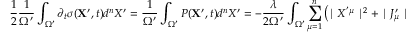
\frac { 1 } { 2 } \frac { 1 } { { \Omega } ^ { \prime } } \int _ { \Omega ^ { \prime } } \partial _ { t } \sigma ( { \bf X ^ { \prime } } , t ) d ^ { n } X ^ { \prime } = \frac { 1 } { { \Omega } ^ { \prime } } \int _ { \Omega ^ { \prime } } P ( { \bf X ^ { \prime } } , t ) d ^ { n } X ^ { \prime } = - \frac { \lambda } { 2 \Omega ^ { \prime } } \int _ { \Omega ^ { \prime } } \sum _ { \mu = 1 } ^ { n } \left( \mid X ^ { ' \mu } \mid ^ { 2 } + \mid J _ { \mu } ^ { \prime } \mid ^ { 2 } \right) d ^ { n } X